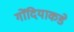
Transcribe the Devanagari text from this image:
गोंदियाकडे